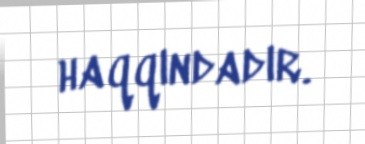
haqqındadır.